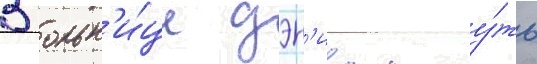
В больн'и́це дэн'иел чу́ть